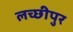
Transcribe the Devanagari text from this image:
लच्छीपुर